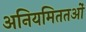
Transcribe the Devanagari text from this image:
अनियमिततओं